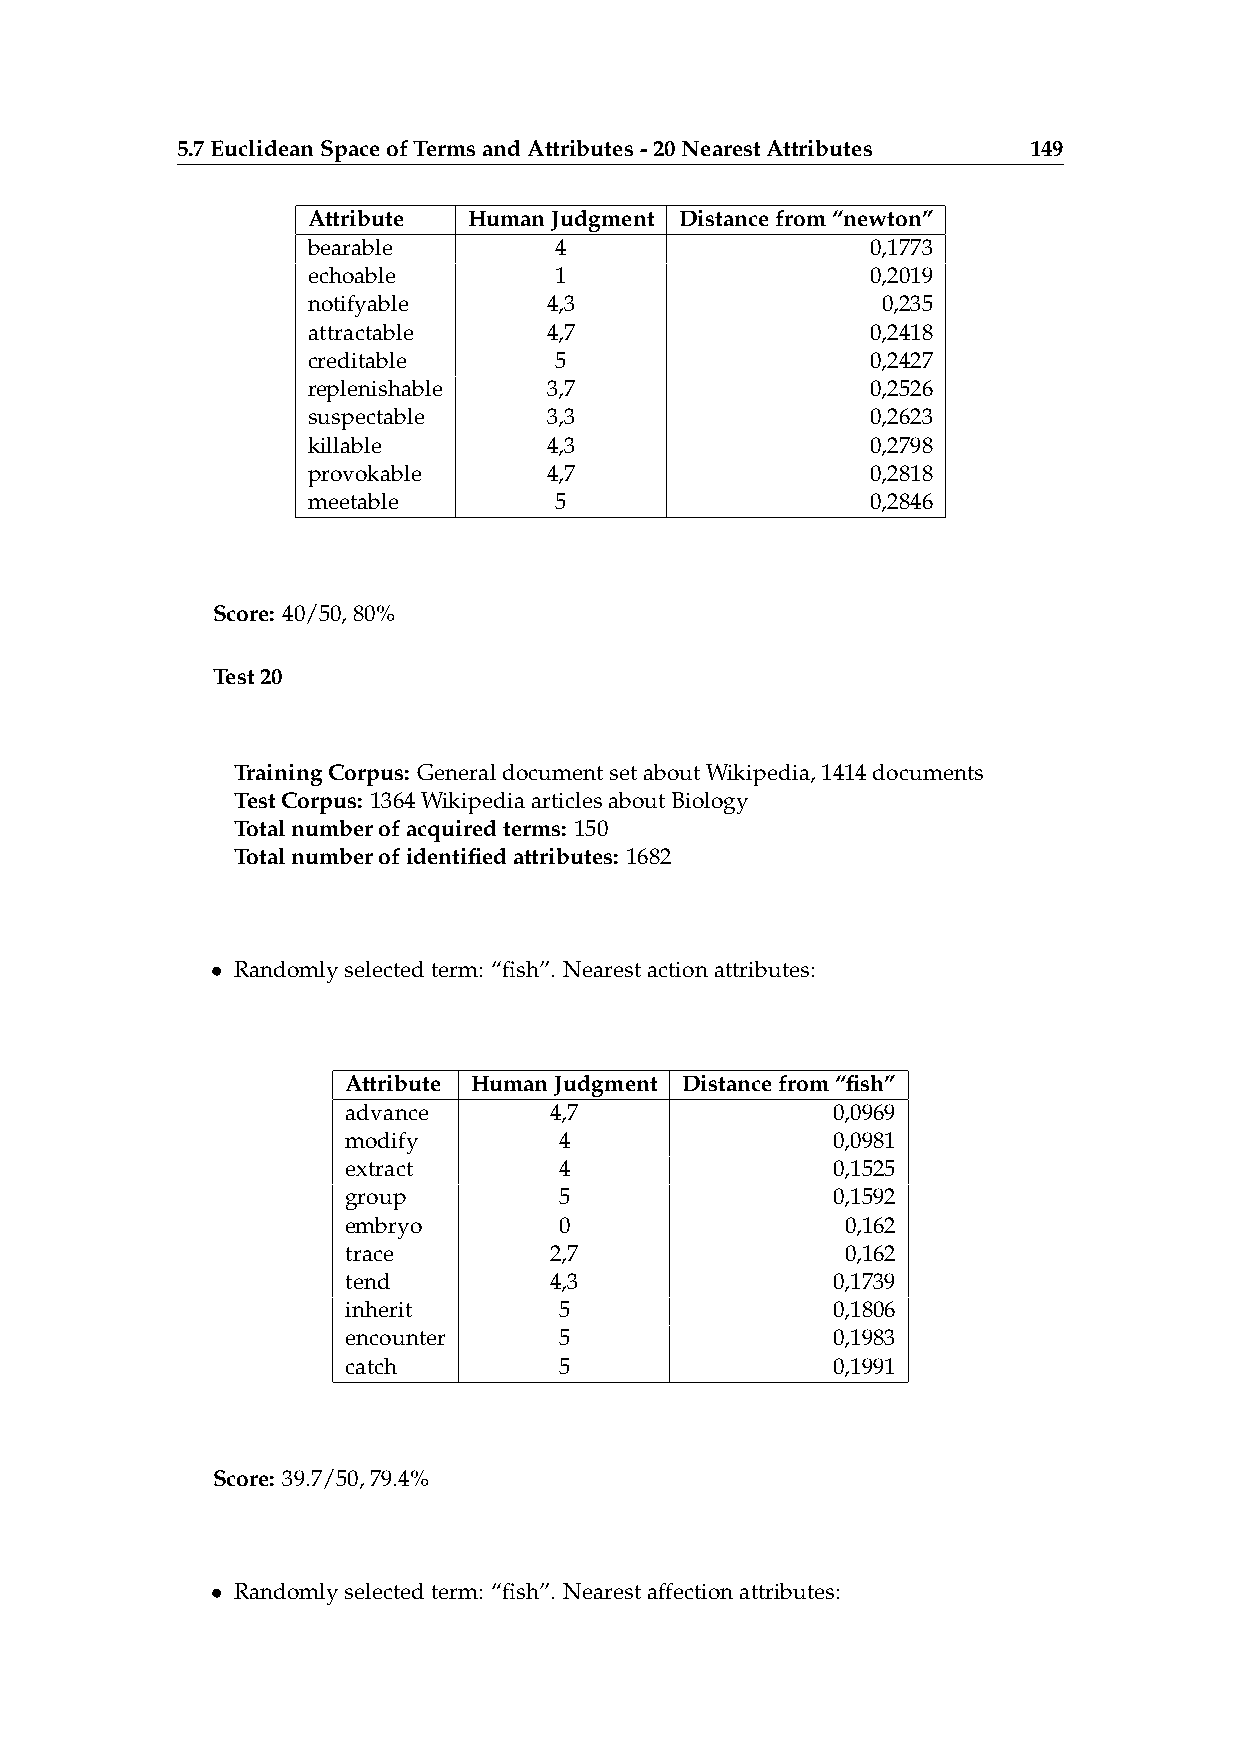
5.7EuclideanSpaceofTermsandAttributes-20NearestAttributes 149
 Attribute  HumanJudgment Distancefrom“newton”
 bearable         4                    0,1773
 echoable         1                    0,2019
 notifyable      4,3                   0,235
 attractable     4,7                   0,2418
 creditable       5                    0,2427
 replenishable   3,7                   0,2526
 suspectable     3,3                   0,2623
 killable        4,3                   0,2798
 provokable      4,7                   0,2818
 meetable         5                    0,2846
 Score: 40/50,80%
 Test20
 TrainingCorpus: GeneraldocumentsetaboutWikipedia,1414documents
 TestCorpus: 1364WikipediaarticlesaboutBiology
 Totalnumberofacquiredterms: 150
 Totalnumberofidentifiedattributes: 1682
 • Randomlyselectedterm: “fish”. Nearestactionattributes:
 Attribute HumanJudgment Distancefrom“fish”
 advance      4,7                0,0969
 modify        4                 0,0981
 extract       4                 0,1525
 group         5                 0,1592
 embryo        0                  0,162
 trace        2,7                 0,162
 tend         4,3                0,1739
 inherit       5                 0,1806
 encounter     5                 0,1983
 catch         5                 0,1991
 Score: 39.7/50,79.4%
 • Randomlyselectedterm: “fish”. Nearestaffectionattributes: